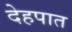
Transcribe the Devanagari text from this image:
देहपात